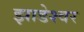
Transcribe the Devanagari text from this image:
झाडेश्वर